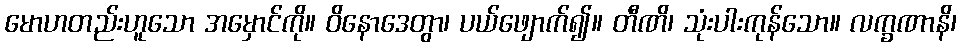
မောဟတည်းဟူသော အမှောင်ကို။ ဝိနောဒေတွာ၊ ပယ်ဖျောက်၍။ တီဏိ၊ သုံးပါးကုန်သော။ လက္ခဏာနိ၊